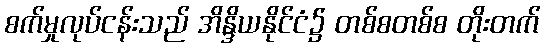
စက်မှုလုပ်ငန်းသည် အိန္ဒိယနိုင်ငံ၌ တစ်စတစ်စ တိုးတက်